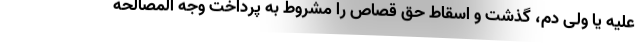
علیه یا ولی دم، گذشت و اسقاط حق قصاص را مشروط به پرداخت وجه المصالحه